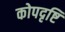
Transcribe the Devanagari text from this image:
कोपदृष्टि